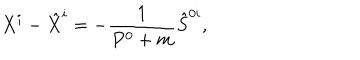
LaTeX: X ^ { i } - \hat { X } ^ { i } = - \frac { 1 } { P ^ { 0 } + m } \hat { S } ^ { 0 i } ,